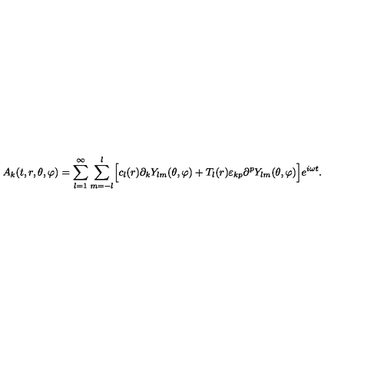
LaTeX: A _ { k } ( t , r , \theta , \varphi ) = \sum _ { l = 1 } ^ { \infty } \sum _ { m = - l } ^ { l } \Bigr [ c _ { l } ( r ) \partial _ { k } Y _ { l m } ( \theta , \varphi ) + T _ { l } ( r ) \varepsilon _ { k p } \partial ^ { p } Y _ { l m } ( \theta , \varphi ) \Bigr ] e ^ { i \omega t } .